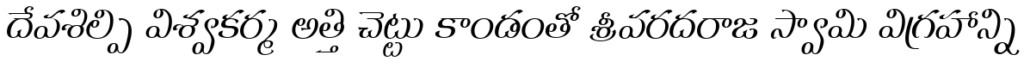
దేవశిల్పి విశ్వకర్మ అత్తి చెట్టు కాండంతో శ్రీవరదరాజ స్వామి విగ్రహాన్ని